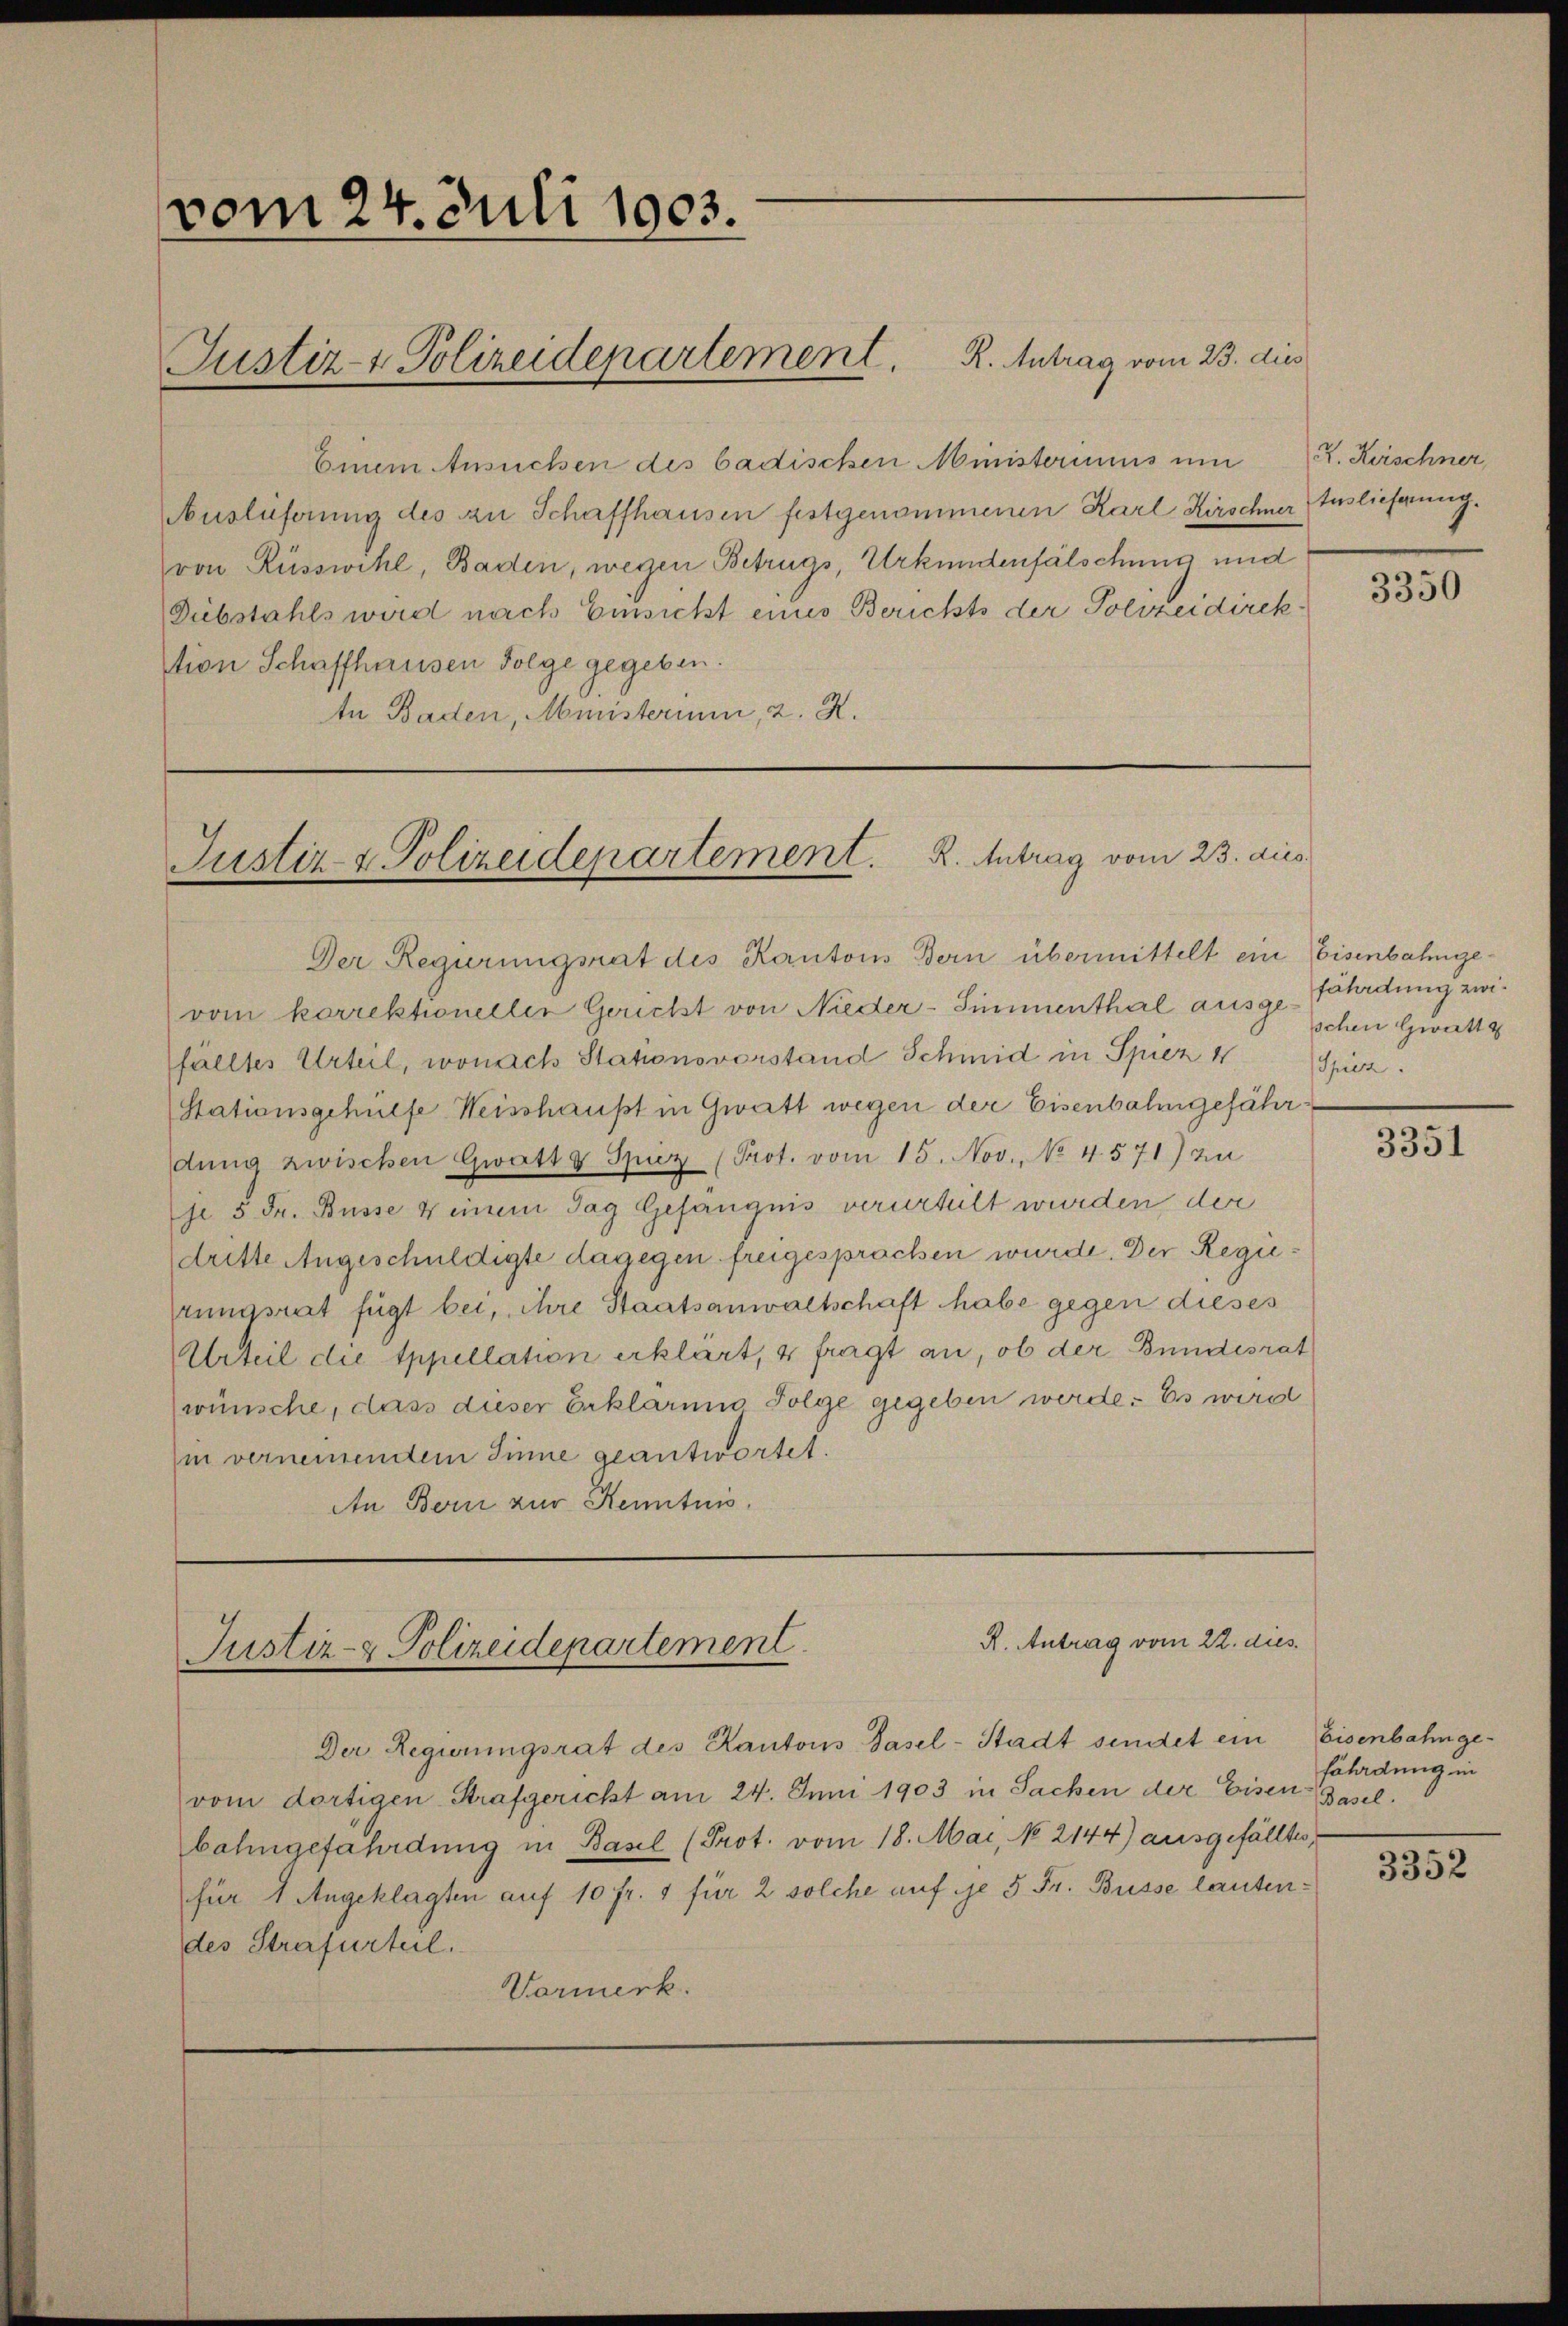
vom 24. Juli 1903.

Justiz- & Polizeidepartement. K. Antrag vom 23. dies

Einem Ansuchen des badischen Ministeriums um
Auslieferung des zu Schaffhausen festgenommenen Karl Kirschner
(von Rüsswihl, Baden, wegen Betrugs, Urkundenfälschung und
Dubstahls wird nach Einsicht eines Berichts der Polizeidirektion Schaffhausen Folge gegeben.
tn Baden, Ministerium, 2. X.

Der Regierungsrat des Kantons Bern übermittelt ein Eisenbahngevom korrektionellen Gericht von Nieder-Simmenthal ausgefährdung zwifälltes Urteil, wonach Stationsvorstand Schmid in Spiez 4 Spiez.
Stationsgehülfe Weisshaust in Gwett wegen der Eisenbahngefährdung zwischen Zwatt g Spiez (Prot. vom 15. Nov., No 4.571) zu
je 5 Fr. Busse keinem Tag Gefängnis verurteilt wurden der
dritte Angeschuldigte dagegen freigesprochen wurde. Der Regiehrungsrat fügt bei, ihre Staatsanwaltschaft habe gegen dieses
Urteil die Appellation erklärt, 4 fragt an, ob der Bundesrat
wünsche, dass dieser Erklärung Folge gegeben werde. Es wird
in vernemendem Sinne geantwortet.
An Bern zur Kenntnis.

Der Regierungsrat des Kantons Basel-Stadt sendet ein Eisenbahnge-
vom dortigen Strafgericht am 24. Juni 1903 in Sachen der Eisen-Baselbahngefährdung in Basel (Prot. vom 18. Mai, No 2144) ausgefälltes
für 1 Angeklagten auf 10 fr. 1 für 2 solche auf je 5 Fr. Busse lautendes Strafurteil.
Vormerk.

Justiz- & Polizeidepartement. K. Antrag vom 23. dies

R. Antrag vom 22. dies
Justiz- & Polizeidepartement

Z. Kerschner,
tuslieferung.

3350

schen Zwatt

3351

föladung in

3352